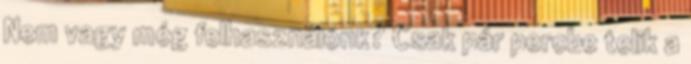
Nem vagy még felhasználónk? Csak pár percbe telik a